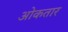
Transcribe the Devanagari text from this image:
ओकतार